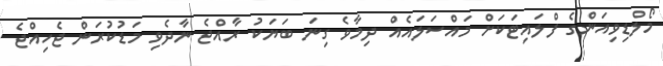
މޯލްޑިވިއަންގެ ފްލައިޓަކަށް މައްސަލައެއް ދިމާވެ ގިނަ ބަޔަކު ރާއްޖެ ނާދެވި މަޑުކުރަން ޖެހިއްޖެ